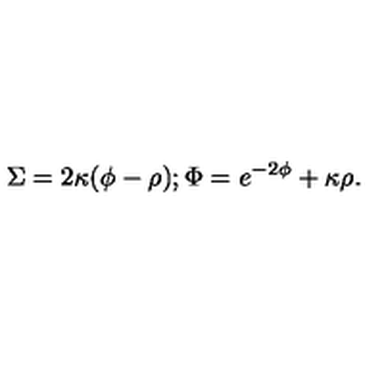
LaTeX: \Sigma = 2 \kappa ( \phi - \rho ) ; \Phi = e ^ { - 2 \phi } + \kappa \rho .